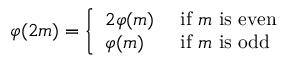
\varphi ( 2 m ) = { \left\{ \begin{array} { l l } { 2 \varphi ( m ) } & { { \mathrm { ~ i f ~ } } m { \mathrm { ~ i s ~ e v e n } } } \\ { \varphi ( m ) } & { { \mathrm { ~ i f ~ } } m { \mathrm { ~ i s ~ o d d } } } \end{array} \right. }